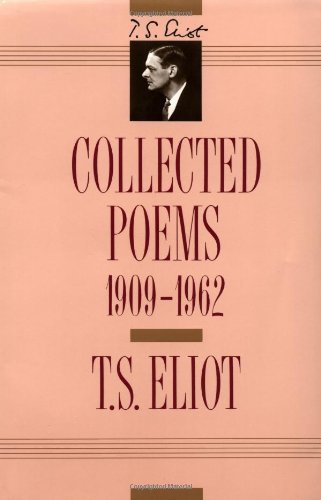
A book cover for T. S. Eliot: Collected Poems, 1909-1962 (The Centenary Edition); T. S. Eliot; Literature & Fiction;